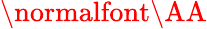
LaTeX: \mathrm{\normalfont\AA}